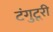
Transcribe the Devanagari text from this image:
टंगुटूरी